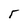
Character: r